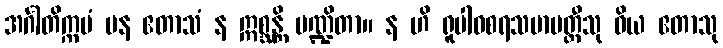
အင်္ဂါတိက္ကမံ ပန ဧတာသံ န ဣစ္ဆန္တိ ပဏ္ဍိတာ။ န ဟိ ရူပါဝစရသမာပတ္တီသု ဝိယ ဧတာသု